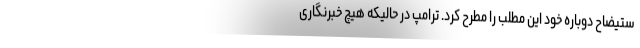
ستیضاح دوباره خود این مطلب را مطرح کرد. ترامپ در حالیکه هیچ خبرنگاری